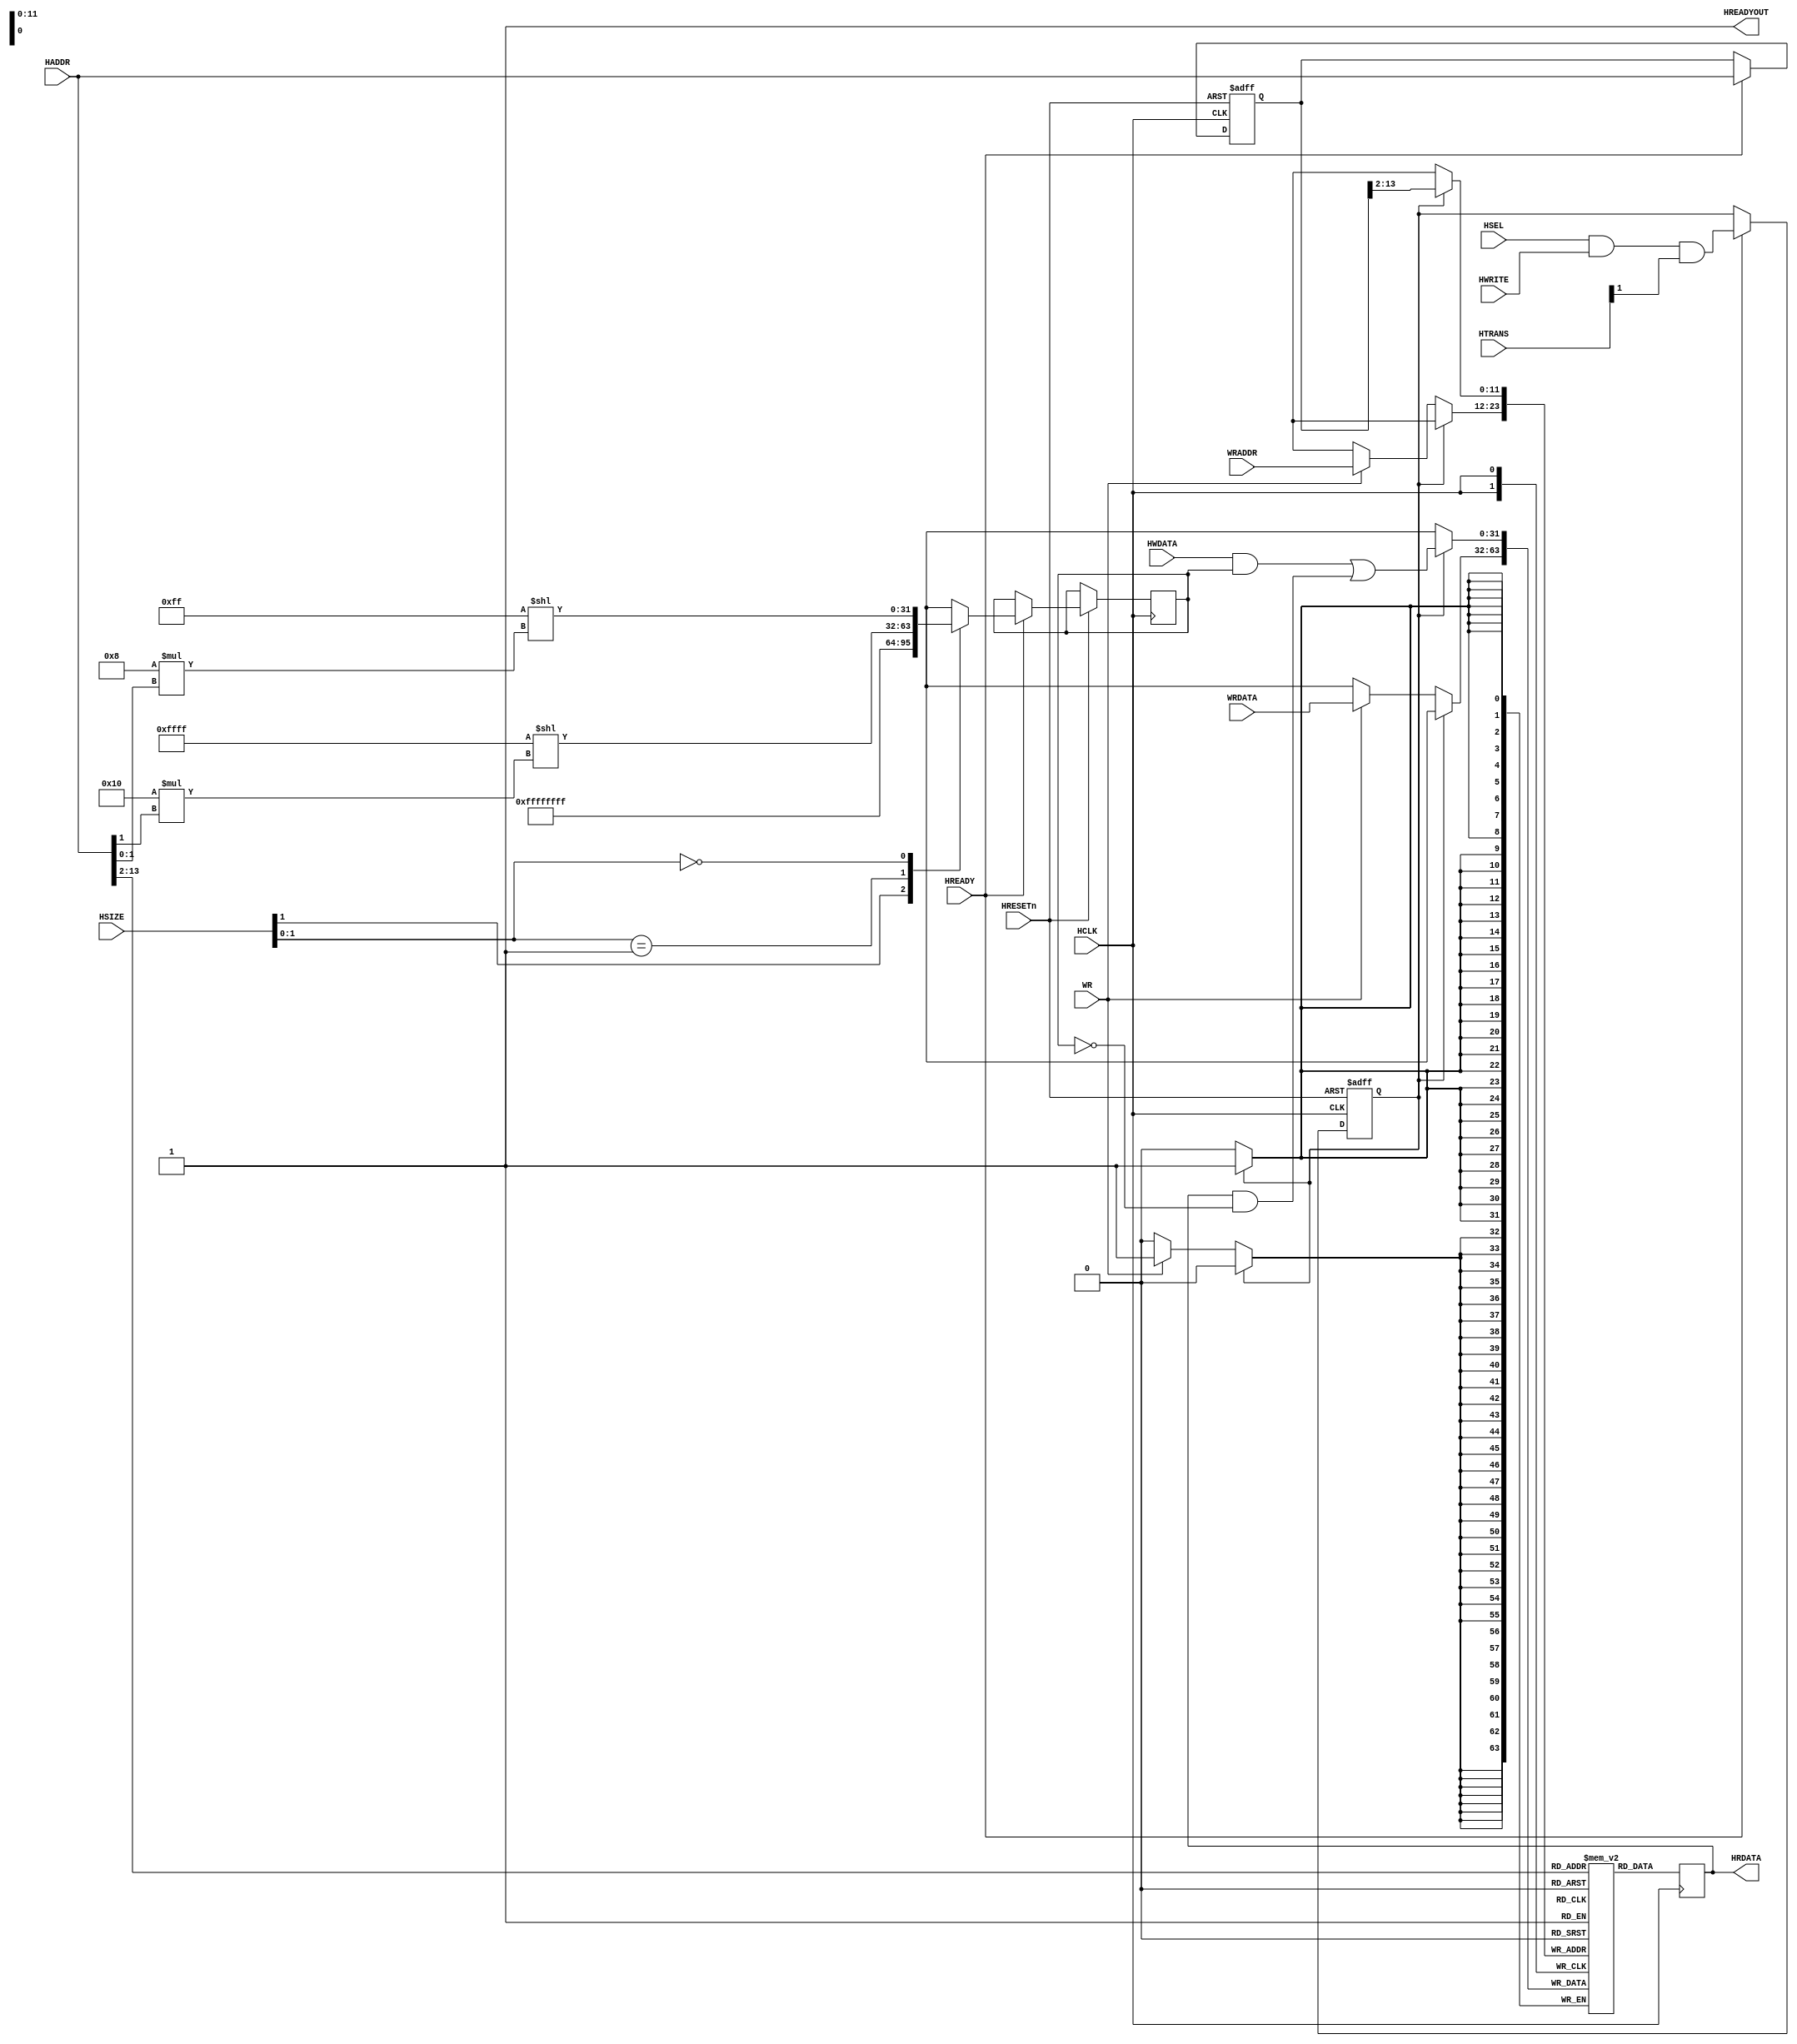
////////////////////////////////////////////////////////////////////////////////
// AHB-Lite Memory Module
////////////////////////////////////////////////////////////////////////////////
module AHB2MEM
   #(parameter MEMWIDTH = 14)               // Size = 16KB
   (
   input wire           HSEL,
   input wire           HCLK,
   input wire           HRESETn,
   
   input wire           WR,
   input wire    [11:0] WRADDR,
   input wire    [31:0] WRDATA,
   
   
   input wire           HREADY,
   input wire    [31:0] HADDR,
   input wire     [1:0] HTRANS,
   input wire           HWRITE,
   input wire     [2:0] HSIZE,
   input wire    [31:0] HWDATA,
   output wire          HREADYOUT,
   output reg    [31:0] HRDATA
   );

   assign HREADYOUT = 1'b1; // Always ready

   // Memory Array
   reg  [31:0] memory[0:(2**(MEMWIDTH-2)-1)];

//	initial begin
// ( *rom_style = "block" *) 
//		$readmemh("C:/Users/ASUS/Desktop/cortex-m0/keil5_proj/Obj/test.hex",memory);
//	end

   // Registers to store Adress Phase Signals
   reg  [31:0] hwdata_mask;
   reg         we;
   reg  [31:0] buf_hwaddr;

   // Sample the Address Phase   
   always @(posedge HCLK or negedge HRESETn)
   begin
      if(!HRESETn)
      begin
         we <= 1'b0;
         buf_hwaddr <= 32'h0;
      end
      else
         if(HREADY)
         begin
            we <= HSEL & HWRITE & HTRANS[1];
            buf_hwaddr <= HADDR;
   
            casez (HSIZE[1:0])
               2'b1?: hwdata_mask <=  32'hFFFFFFFF;                        // Word write
               2'b01: hwdata_mask <= (32'h0000FFFF << (16 * HADDR[1]));    // Halfword write
               2'b00: hwdata_mask <= (32'h000000FF << (8 * HADDR[1:0]));   // Byte write
            endcase
          end
   end
   
   // Read and Write Memory
   always @ (posedge HCLK)
   begin
      if(we)
         memory[buf_hwaddr[MEMWIDTH:2]] <= (HWDATA & hwdata_mask) | (HRDATA & ~hwdata_mask);
      else if(WR)
         memory[WRADDR] <= WRDATA;
      HRDATA = memory[HADDR[MEMWIDTH:2]];
   end

endmodule